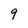
Character: 9